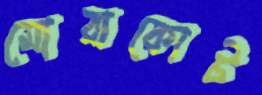
মোরাকোট